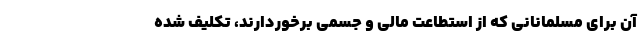
آن برای مسلمانانی که از استطاعت مالی و جسمی برخوردارند، تکلیف شده